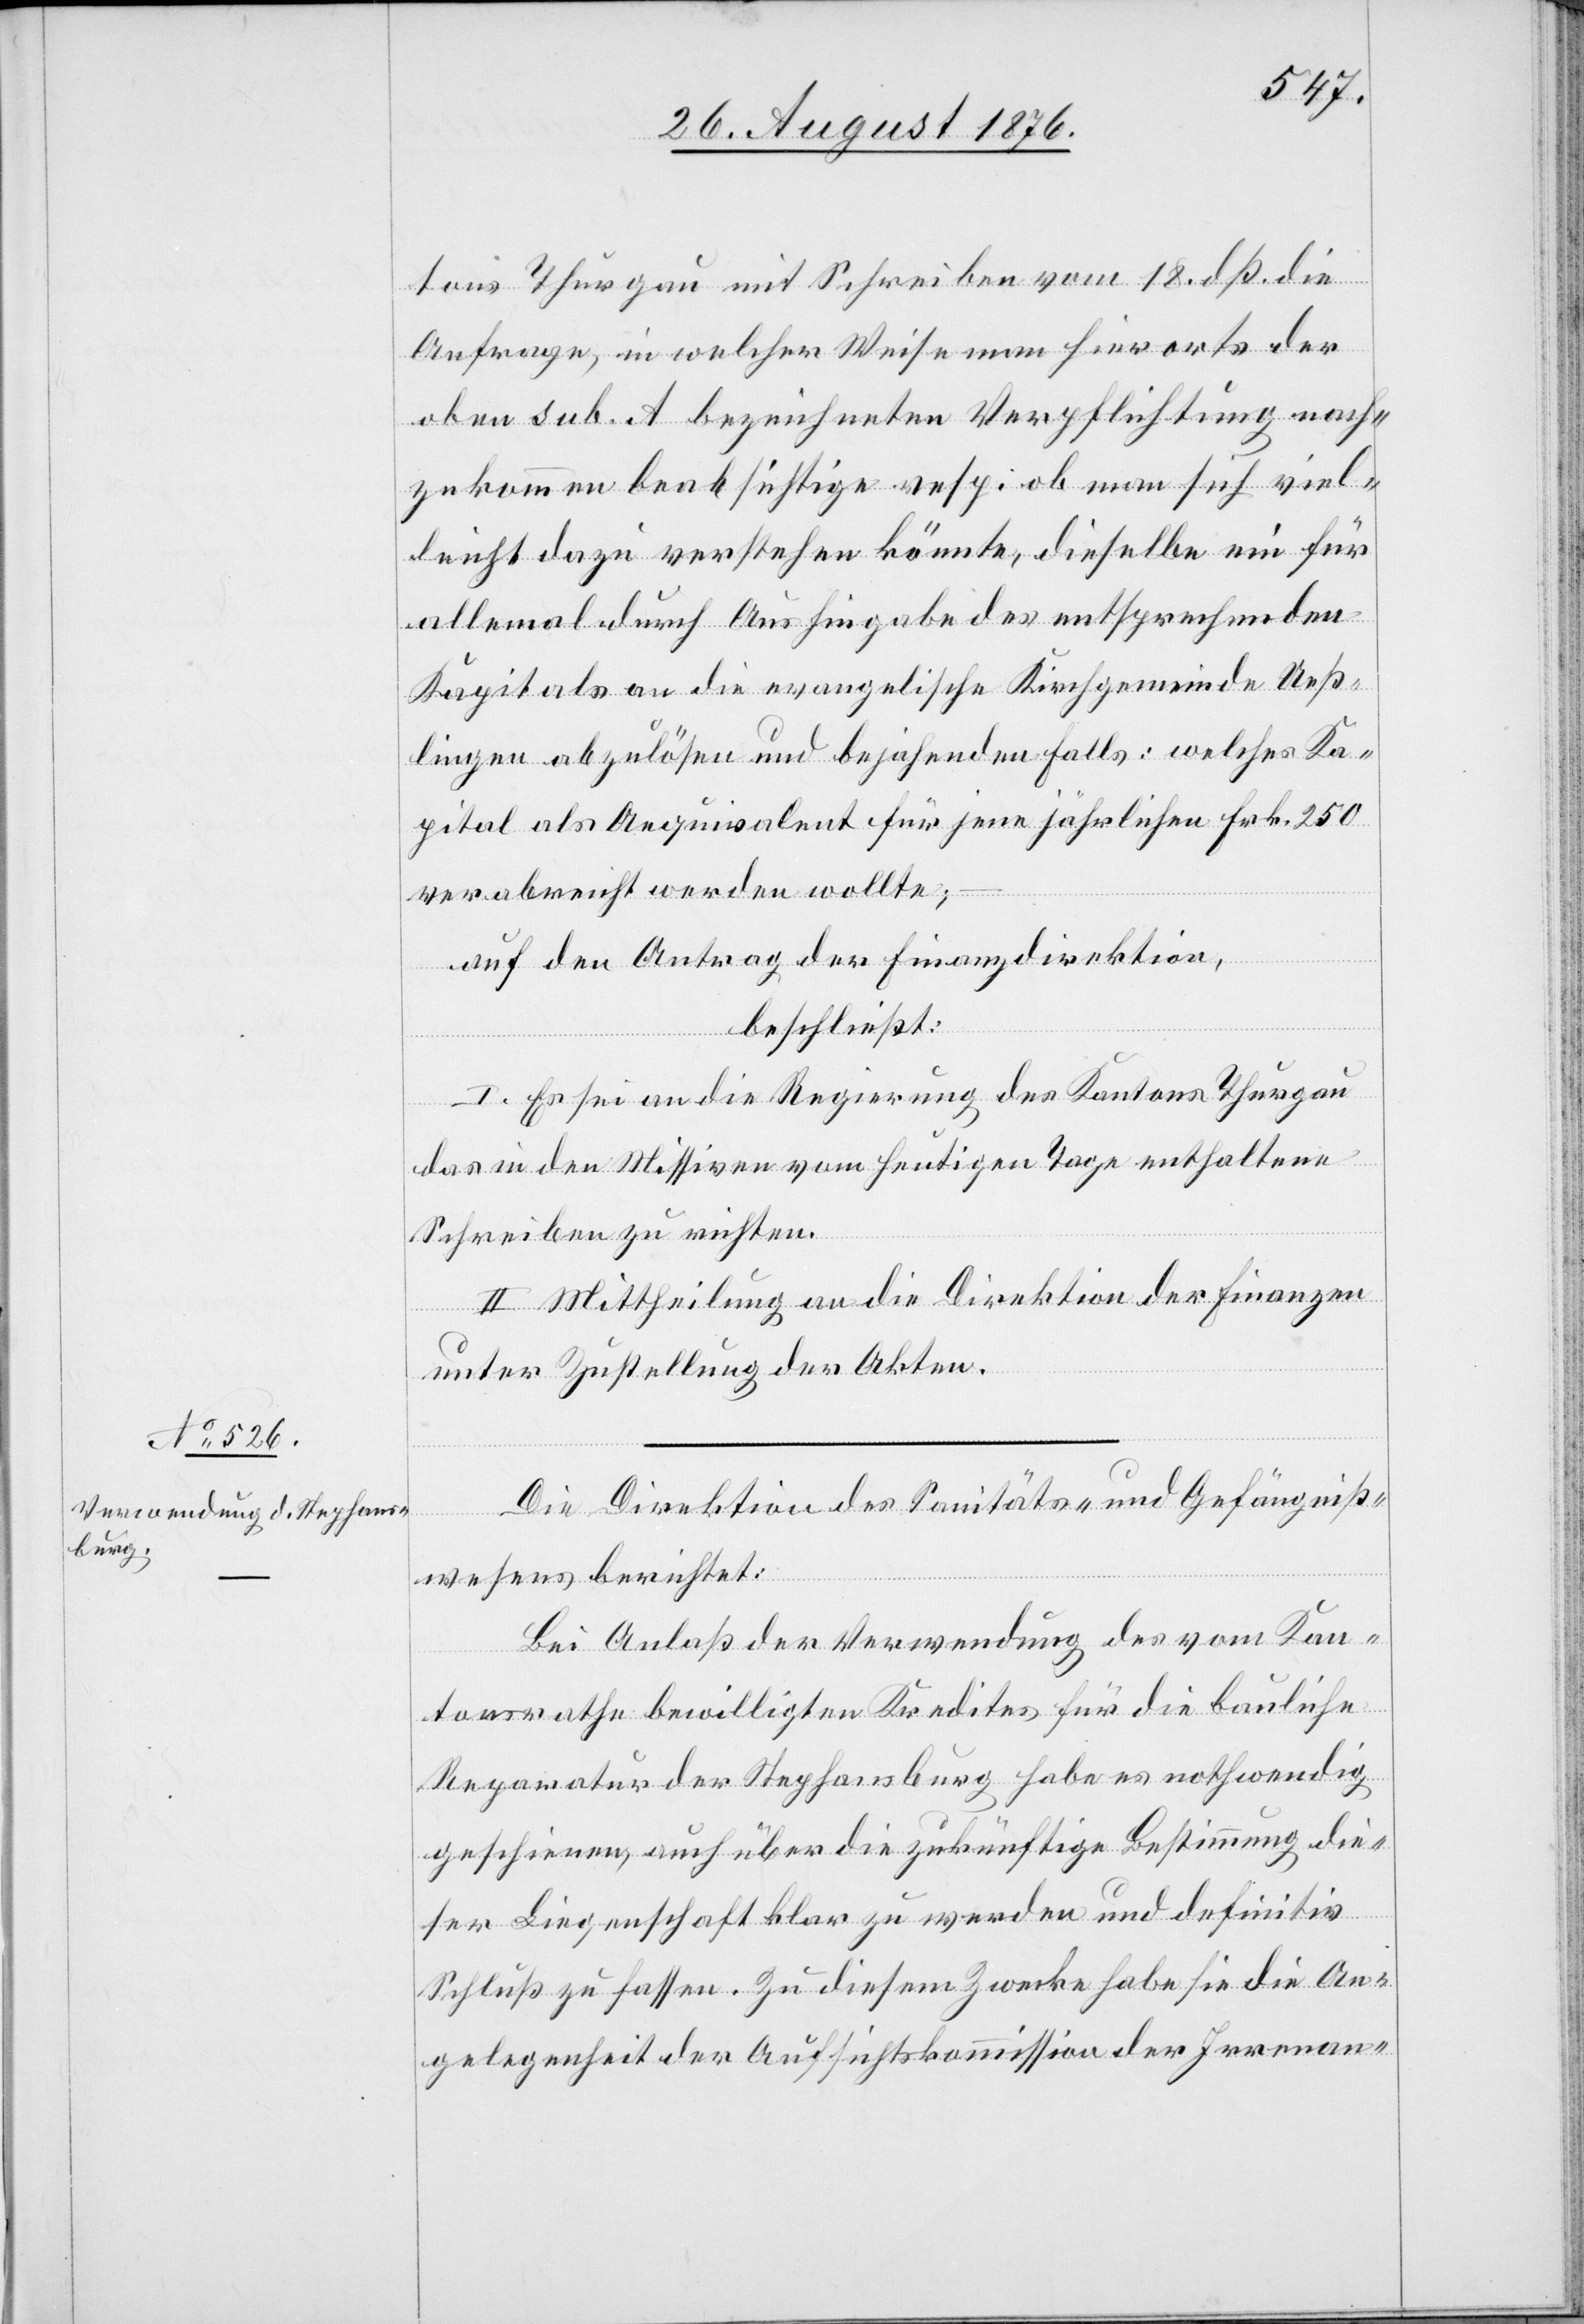
tons Thurgau mit Schreiben vom 18. dß. die
Anfrage, in welcher Weise man hierorts der
oben sub. A bezeichneten Verpflichtung nach¬
zukommen beabsichtige resp. ob man sich viel¬
leicht dazu verstehen könnte, dieselbe ein für
allemal durch Aushingabe des entsprechenden
Kapitals an die evangelische Kirchgemeinde Ueß¬
lingen abzulösen und bejahendenfalls: welches Ka¬
pital als Aequivalent für jene jährlichen Frk. 250
verabreicht werden wollte,
auf den Antrag der Finanzdirektion,
beschließt:
I. Es sei an die Regierung des Kantons Thurgau
das in den Missiven vom heutigen Tage enthaltene
Schreiben zu richten.
II. Mittheilung an die Direktion der Finanzen
unter Zustellung der Akten.
Die Direktion des Sanitäts- und Gefängniß¬
wesens berichtet:
Bei Anlaß der Verwendung des vom Kan¬
tonsrathe bewilligten Kredites für die bauliche
Reparatur der Stephansburg habe es nothwendig
geschienen, auch über die zukünftige Bestimmung die¬
ser Liegenschaft klar zu werden und definitiv
Schluß zu fassen. Zu diesem Zwecke habe sie die An¬
gelegenheit der Aufsichtskommission der Irrenan-